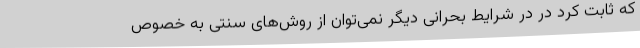
که ثابت کرد در در شرایط بحرانی دیگر نمی‌توان از روش‌های سنتی به خصوص